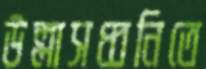
উল্লাসধ্বনিতে